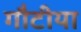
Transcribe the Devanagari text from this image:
गौटीया